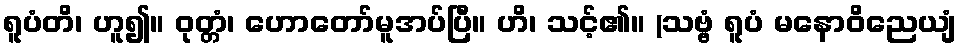
ရူပံတိ၊ ဟူ၍။ ဝုတ္တံ၊ ဟောတော်မူအပ်ပြီ။ ဟိ၊ သင့်၏။ (သဗ္ဗံ ရူပံ မနောဝိညေယျံ